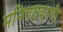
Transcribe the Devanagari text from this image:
मनिचतवरणी